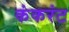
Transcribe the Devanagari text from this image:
कंकरंट